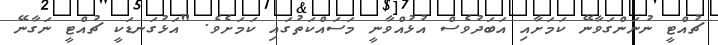
ޗުއްޓީ ނުނަންގަވާނޭ ކަމަށާއި އަބަދުވެސް އުޅުއްވާނީ މަސައްކަތުގައި ކަމަށެވެ. "އަޅުގަނޑަކީ ޗުއްޓީ ނަގާނޭ